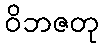
ဝိဘဇတု